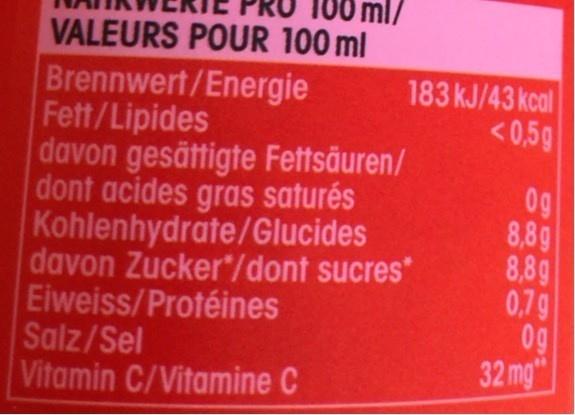
ml/
VALEURS POUR 100 ml Brennwert/Energie Fett/Lipides davon gesättigte Fettsäuren/ dont acides gras saturés Kohlenhydrate/Glucides davon Zucker"/dont sucres* Eiweiss/Protéines Salz/Sel Vitamin C/Vitamine C
183 kJ/43 kcal <0,5g
0g 8,8g 8,8g 0,79 0g 32 mg"